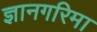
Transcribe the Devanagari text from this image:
ज्ञानगरिमा